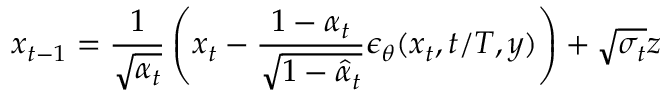
x _ { t - 1 } = \frac { 1 } { \sqrt { \alpha _ { t } } } \left( x _ { t } - \frac { 1 - \alpha _ { t } } { \sqrt { 1 - \hat { \alpha } _ { t } } } \epsilon _ { \theta } ( x _ { t } , t / T , y ) \right) + \sqrt { \sigma _ { t } } z